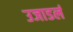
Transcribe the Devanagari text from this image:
उजाडलं